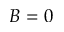
B = 0